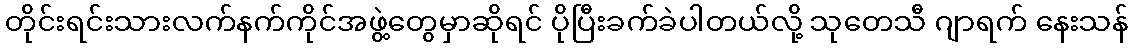
တိုင်းရင်းသားလက်နက်ကိုင်အဖွဲ့တွေမှာဆိုရင် ပိုပြီးခက်ခဲပါတယ်လို့ သုတေသီ ဂျာရက် နေးသန်